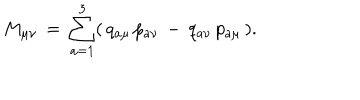
LaTeX: M _ { \mu \nu } \, = \, \sum _ { a = 1 } ^ { 3 } ( \, q _ { a \mu } \, p _ { a \nu } \, - \, q _ { a \nu } \, p _ { a \mu } \, ) .